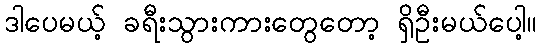
ဒါပေမယ့် ခရီးသွားကားတွေတော့ ရှိဦးမယ်ပေါ့။